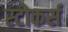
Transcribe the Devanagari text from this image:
स्टोकर्स